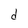
Character: d